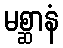
မစ္ဆာနံ